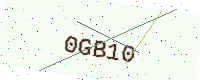
Text: 0GB10